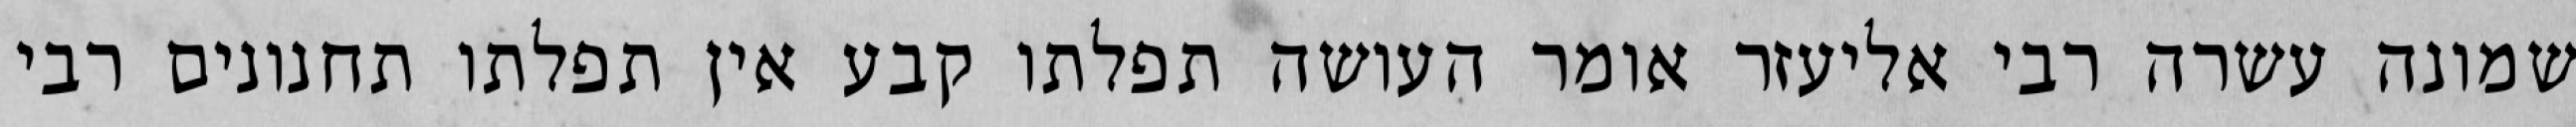
שמונה עשרה רבי אליעזר אומר העושה תפלתו קבע אין תפלתו תחנונים רבי